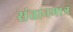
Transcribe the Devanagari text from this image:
संतानमात्र